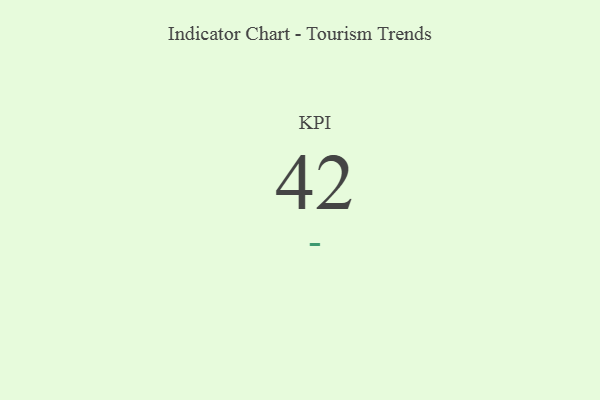
{"axis": {"x": "KPI", "y": "Value"}, "legend": [""], "data": [{"x": "KPI", "y": 42, "type": ""}]}